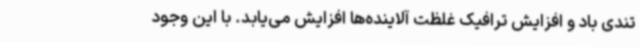
تندی باد و افزایش ترافیک غلظت آلاینده‌ها افزایش می‌یابد. با این‌ وجود